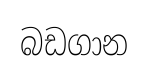
බඩගාන